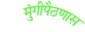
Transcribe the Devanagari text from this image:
मुंगीपैठणास